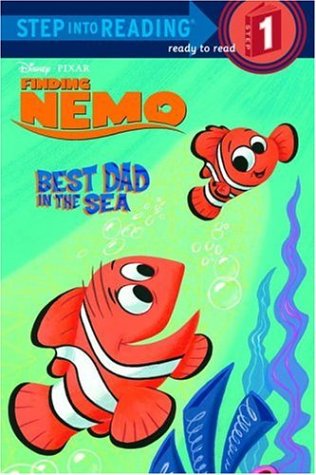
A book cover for Best Dad in the Sea (Finding Nemo Step into Reading, Step 1); Amy J. Tyler; Children's Books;